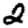
Digit: 2